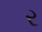
ર